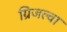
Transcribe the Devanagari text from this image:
ग्रिजल्वा